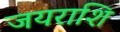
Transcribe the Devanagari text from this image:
जयराशि